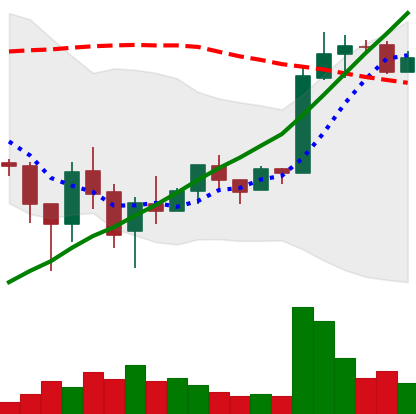
Ticker: LTC-USD
Chart end date: 2018-02-19
Forward return: -6.113%
Label: down_5_7